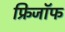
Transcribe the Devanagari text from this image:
फ्रिजॉफ